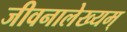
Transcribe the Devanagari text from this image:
जीवनालेख्यम्